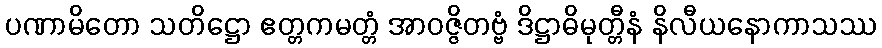
ပဏာမိတော သတိဋ္ဌော ဧတ္တကမတ္တံ အာဝဇ္ဇိတဗ္ဗံ ဒိဋ္ဌာဓိမုတ္တီနံ နိလီယနောကာသဿ